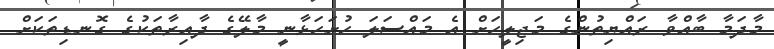
މާދަމާ ބާއްވާ ރައްޔިތުންގެ މަޖިލީހަށް އެ މައްސަލަ ހުށަހަޅާނީ މާލޭގެ ދާއިރާތަކުގެ ގޮނޑިތަކަށް